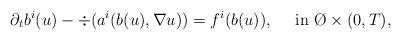
LaTeX: \begin{align*}\partial_t b^i(u)-\div (a^i(b(u),\nabla u))=f^i(b(u)),\quad\mbox{ in }\O\times(0,T),\end{align*}